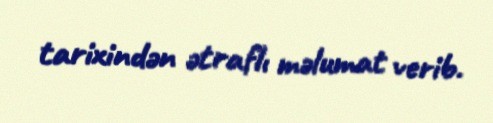
tarixindən ətraflı məlumat verib.